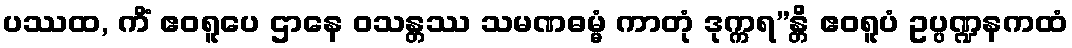
ပဿထ, ကိံ ဧဝရူပေ ဌာနေ ဝသန္တဿ သမဏဓမ္မံ ကာတုံ ဒုက္ကရ”န္တိ ဧဝရူပံ ဥပ္ပဏ္ဍနကထံ